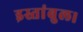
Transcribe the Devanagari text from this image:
इस्तांबुल।